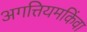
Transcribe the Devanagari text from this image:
अगत्तियमकिंवा